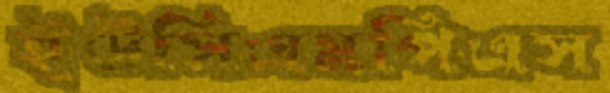
ইউসিএমপিএস